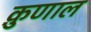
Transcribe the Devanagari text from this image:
क़ुणाल